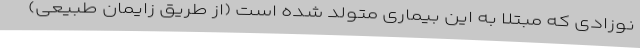
نوزادی که مبتلا به این بیماری متولد شده است (از طریق زایمان طبیعی)